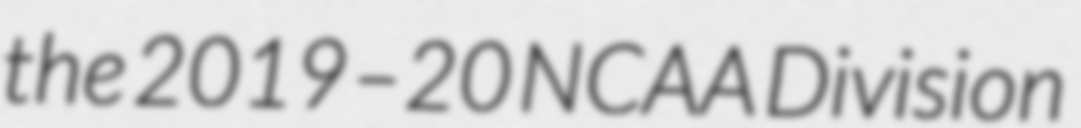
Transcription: the 2019–20 NCAA Division